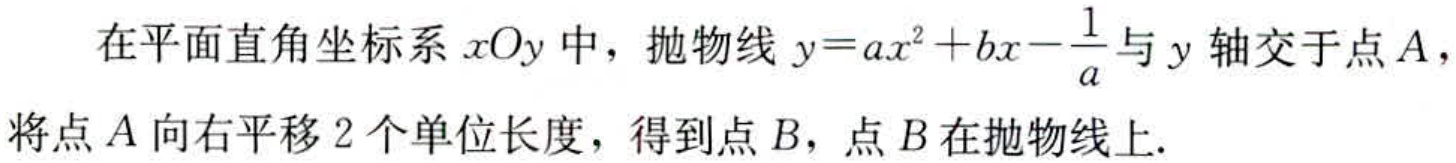
在平面直角坐标系\(xOy\)中，抛物线\(y = ax^{2}+bx - \frac{1}{a}\)与\(y\)轴交于点\(A\)，将点\(A\)向右平移\(2\)个单位长度，得到点\(B\)，点\(B\)在抛物线上.